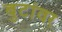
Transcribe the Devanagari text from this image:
बुटांवर